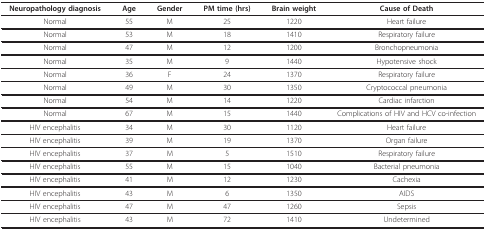
| Neuropathology diagnosis | Age | Gender | PM time (hrs) | Brain weight | Cause of Death |
 | --- | --- | --- | --- | --- | --- |
 | Normal | 55 | M | 25 | 1220 | Heart failure |
 | Normal | 53 | M | 18 | 1410 | Respiratory failure |
 | Normal | 47 | M | 12 | 1200 | Bronchopneumonia |
 | Normal | 35 | M | 9 | 1440 | Hypotensive shock |
 | Normal | 36 | F | 24 | 1370 | Respiratory failure |
 | Normal | 49 | M | 30 | 1350 | Cryptococcal pneumonia |
 | Normal | 54 | M | 14 | 1220 | Cardiac infarction |
 | Normal | 67 | M | 15 | 1440 | Complications of HIV and HCV co-infection |
 | HIV encephalitis | 34 | M | 30 | 1120 | Heart failure |
 | HIV encephalitis | 39 | M | 19 | 1370 | Organ failure |
 | HIV encephalitis | 37 | M | 5 | 1510 | Respiratory failure |
 | HIV encephalitis | 55 | M | 15 | 1040 | Bacterial pneumonia |
 | HIV encephalitis | 41 | M | 12 | 1230 | Cachexia |
 | HIV encephalitis | 43 | M | 6 | 1350 | AIDS |
 | HIV encephalitis | 47 | M | 47 | 1260 | Sepsis |
 | HIV encephalitis | 43 | M | 72 | 1410 | Undetermined |